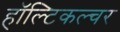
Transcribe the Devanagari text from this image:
हॉल्टिकल्चर